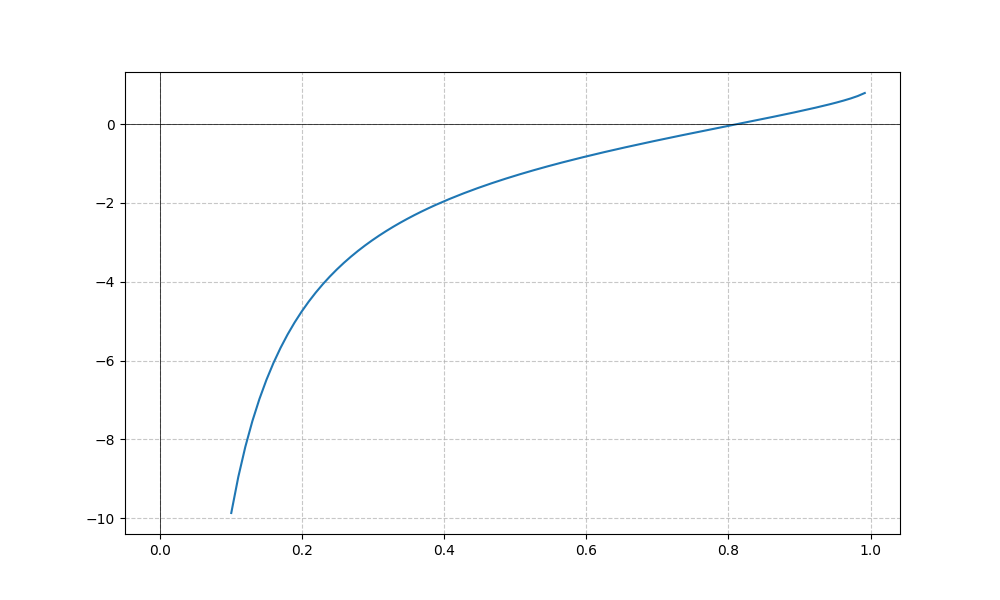
LaTeX formula: - \cot{\left(x \right)} + \operatorname{asin}{\left(x \right)}